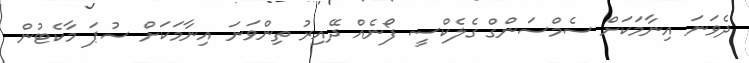
ދެވަނަ އިނާމަކަށް ސެމްސަންގް ގެލެކްސީ ފޯނެއް ދޭއިރު ތިންވަނަ އިނާމަކަށް ސުޕަ މާކެޓުން